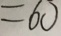
= 6 0